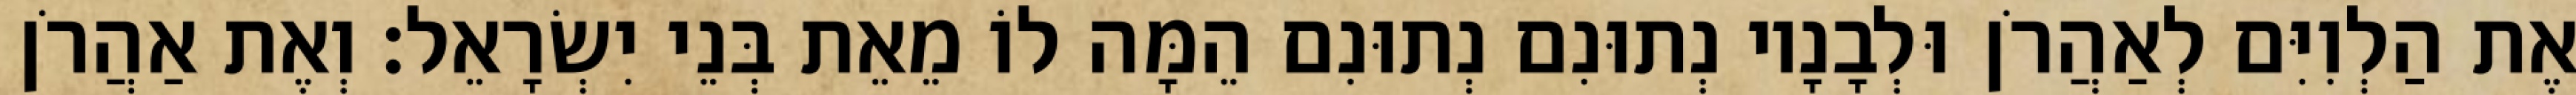
אֶת הַלְוִיִּם לְאַהֲרֹן וּלְבָנָיו נְתוּנִם נְתוּנִם הֵמָּה לוֹ מֵאֵת בְּנֵי יִשְׂרָאֵל׃ וְאֶת אַהֲרֹן